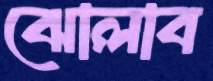
ঝোলাব